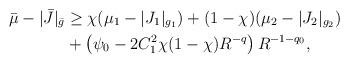
LaTeX: \begin{align*} \bar{\mu} - |\bar{J}|_{\bar{g}} &\ge \chi( \mu_1 - | J_1|_{g_1} ) + (1-\chi) (\mu_2 - |J_2|_{g_2}) \\&+ \left( \psi_0 - 2C_1^2\chi(1-\chi) R^{-q}\right)R^{-1-q_0},\end{align*}